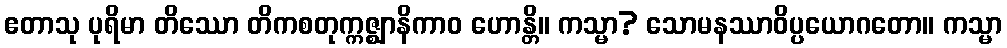
ဧတာသု ပုရိမာ တိဿော တိကစတုက္ကဇ္ဈာနိကာဝ ဟောန္တိ။ ကသ္မာ? သောမနဿာဝိပ္ပယောဂတော။ ကသ္မာ